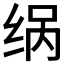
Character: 𮉨